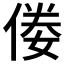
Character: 𠊶